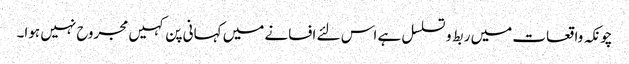
چونکہ واقعات میں ربط و تسلسل ہے اس لئے افسانے میں کہانی پن کہیں مجروح نہیں ہوا۔